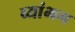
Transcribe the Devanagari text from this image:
व्यांभग